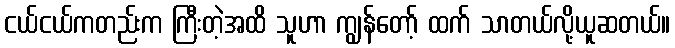
ငယ်ငယ်ကတည်းက ကြီးတဲ့အထိ သူဟာ ကျွန်တော့် ထက် သာတယ်လို့ယူဆတယ်။